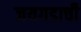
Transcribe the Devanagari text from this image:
जयगडाची